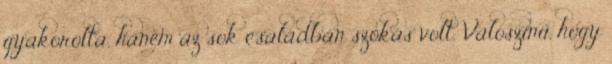
gyakorolta, hanem az sok családban szokás volt. Valószínű, hogy